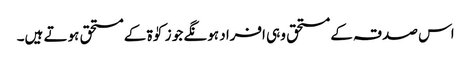
اس صدقہ کے مستحق وہی افراد ہونگے جو زکوٰۃ کے مستحق ہوتے ہیں۔